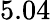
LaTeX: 5.04